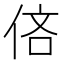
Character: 𫢧